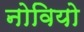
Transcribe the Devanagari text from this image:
नोवियो